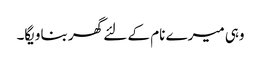
وہی میرے نام کے لئے گھر بناویگا۔